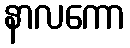
နာလကော